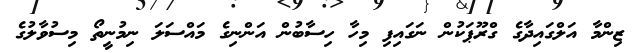
ޒިންމާ އަލްގައިދާގެ ގްރޫޕަކުން ނަގައިފި މިހާ ހިސާބުން އަންނިގެ މައްސަލަ ނިމުނީތޯ މިސުވާލުގެ